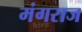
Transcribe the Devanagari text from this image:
मंगराज